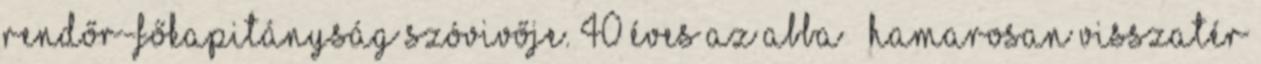
Rendőr-főkapitányság szóvivője. 40 éves az ABBA – hamarosan visszatér